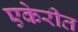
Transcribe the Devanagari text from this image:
एकेरीत